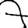
Digit: 7